Annual report of the Punjab Veterinary College and of the Civil Veterinary Department, Punjab - 1926-1932
Year: 1926
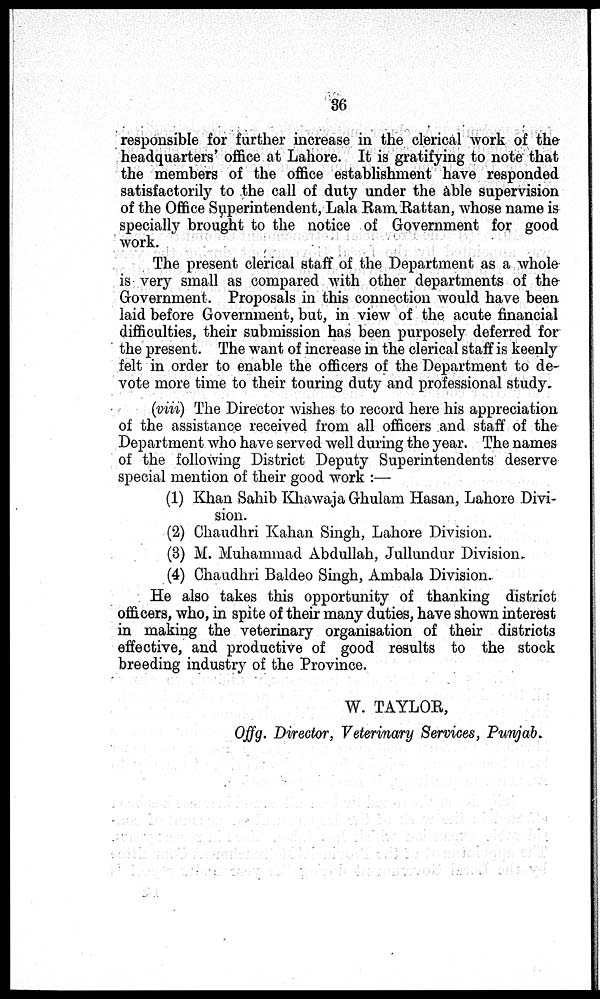
36
responsible for further increase in the clerical work of the
headquarters' office at Lahore. It is gratifying to note that
the members of the office establishment have responded
satisfactorily to the call of duty under the able supervision
of the Office Superintendent, Lala Ram Rattan, whose name is
specially brought to the notice of Government for good
work.
The present clerical staff of the Department as a whole
is very small as compared with other departments of the
Government. Proposals in this connection would have been
laid before Government, but, in view of the acute financial
difficulties, their submission has been purposely deferred for
the present. The want of increase in the clerical staff is keenly
felt in order to enable the officers of the Department to de-
vote more time to their touring duty and professional study.
(viii) The Director wishes to record here his appreciation
of the assistance received from all officers and staff of the
Department who have served well during the year. The names
of the following District Deputy Superintendents deserve
special mention of their good work :—
(1) Khan Sahib Khawaja Ghulam Hasan, Lahore Divi-
sion.
(2) Chaudhri Kahan Singh, Lahore Division.
(3) M. Muhammad Abdullah, Jullundur Division.
(4) Chaudhri Baldeo Singh, Ambala Division.
He also takes this opportunity of thanking district
officers, who, in spite of their many duties, have shown interest
in making the veterinary organisation of their districts
effective, and productive of good results to the stock
breeding industry of the Province.
W. TAYLOR,
Offg. Director, Veterinary Services, Punjab.